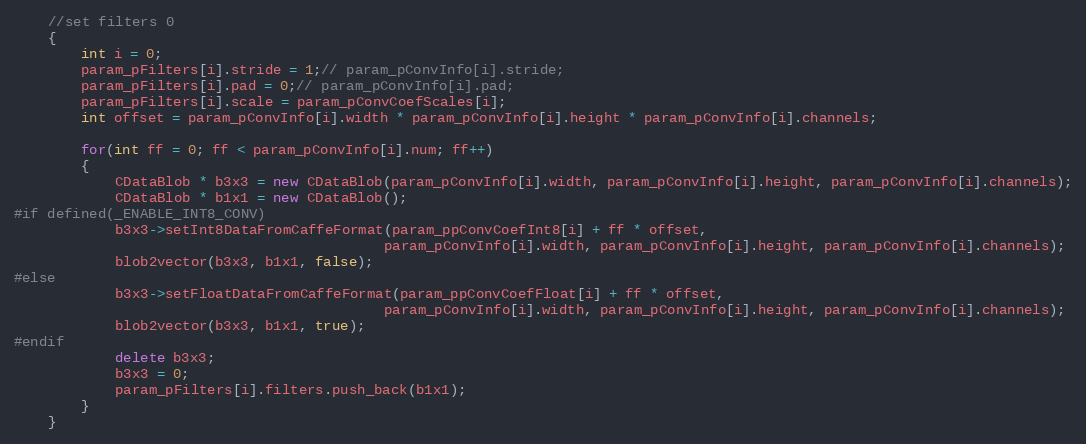
Language: C++
    //set filters 0
    {
        int i = 0;
        param_pFilters[i].stride = 1;// param_pConvInfo[i].stride;
        param_pFilters[i].pad = 0;// param_pConvInfo[i].pad;
        param_pFilters[i].scale = param_pConvCoefScales[i];
        int offset = param_pConvInfo[i].width * param_pConvInfo[i].height * param_pConvInfo[i].channels;

        for(int ff = 0; ff < param_pConvInfo[i].num; ff++)
        {
            CDataBlob * b3x3 = new CDataBlob(param_pConvInfo[i].width, param_pConvInfo[i].height, param_pConvInfo[i].channels);
            CDataBlob * b1x1 = new CDataBlob();
#if defined(_ENABLE_INT8_CONV)
            b3x3->setInt8DataFromCaffeFormat(param_ppConvCoefInt8[i] + ff * offset,
                                            param_pConvInfo[i].width, param_pConvInfo[i].height, param_pConvInfo[i].channels);
            blob2vector(b3x3, b1x1, false);
#else
            b3x3->setFloatDataFromCaffeFormat(param_ppConvCoefFloat[i] + ff * offset,
                                            param_pConvInfo[i].width, param_pConvInfo[i].height, param_pConvInfo[i].channels);
            blob2vector(b3x3, b1x1, true);
#endif
            delete b3x3;
            b3x3 = 0;
            param_pFilters[i].filters.push_back(b1x1);
        }
    }